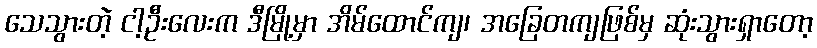
သေသွားတဲ့ ငါ့ဦးလေးက ဒီမြို့မှာ အိမ်ထောင်ကျ၊ အခြေတကျဖြစ်မှ ဆုံးသွားရှာတော့